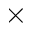
\times